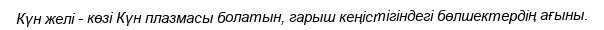
Күн желі - көзі Күн плазмасы болатын, гарыш кеңістігіндегі бөлшектердің ағыны.